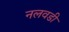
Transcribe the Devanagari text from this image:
नलवडी